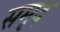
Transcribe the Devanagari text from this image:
समृद